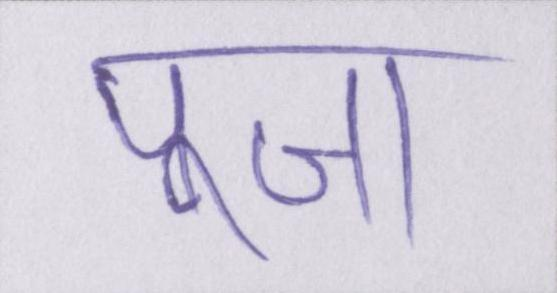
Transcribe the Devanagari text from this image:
पूजा